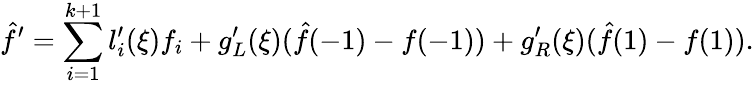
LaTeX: \hat{f}^{\prime}=\sum_{i=1}^{k+1}l_{i}^{\prime}(\xi)f_{i}+g_{L}^{\prime}(\xi)(\hat{f}(-1)-f(-1))+g_{R}^{\prime}(\xi)(\hat{f}(1)-f(1)).